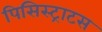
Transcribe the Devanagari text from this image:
पिसिस्ट्राटस